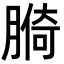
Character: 𦟑